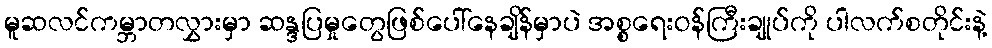
မူဆလင်ကမ္ဘာတလွှားမှာ ဆန္ဒပြမှုတွေဖြစ်ပေါ်နေချိန်မှာပဲ အစ္စရေးဝန်ကြီးချုပ်ကို ပါလက်စတိုင်းနဲ့